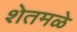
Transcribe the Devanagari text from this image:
शेतमळे